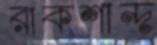
রাকশান্দ